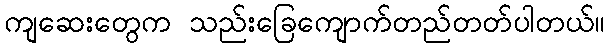
ကျဆေးတွေက သည်းခြေကျောက်တည်တတ်ပါတယ်။